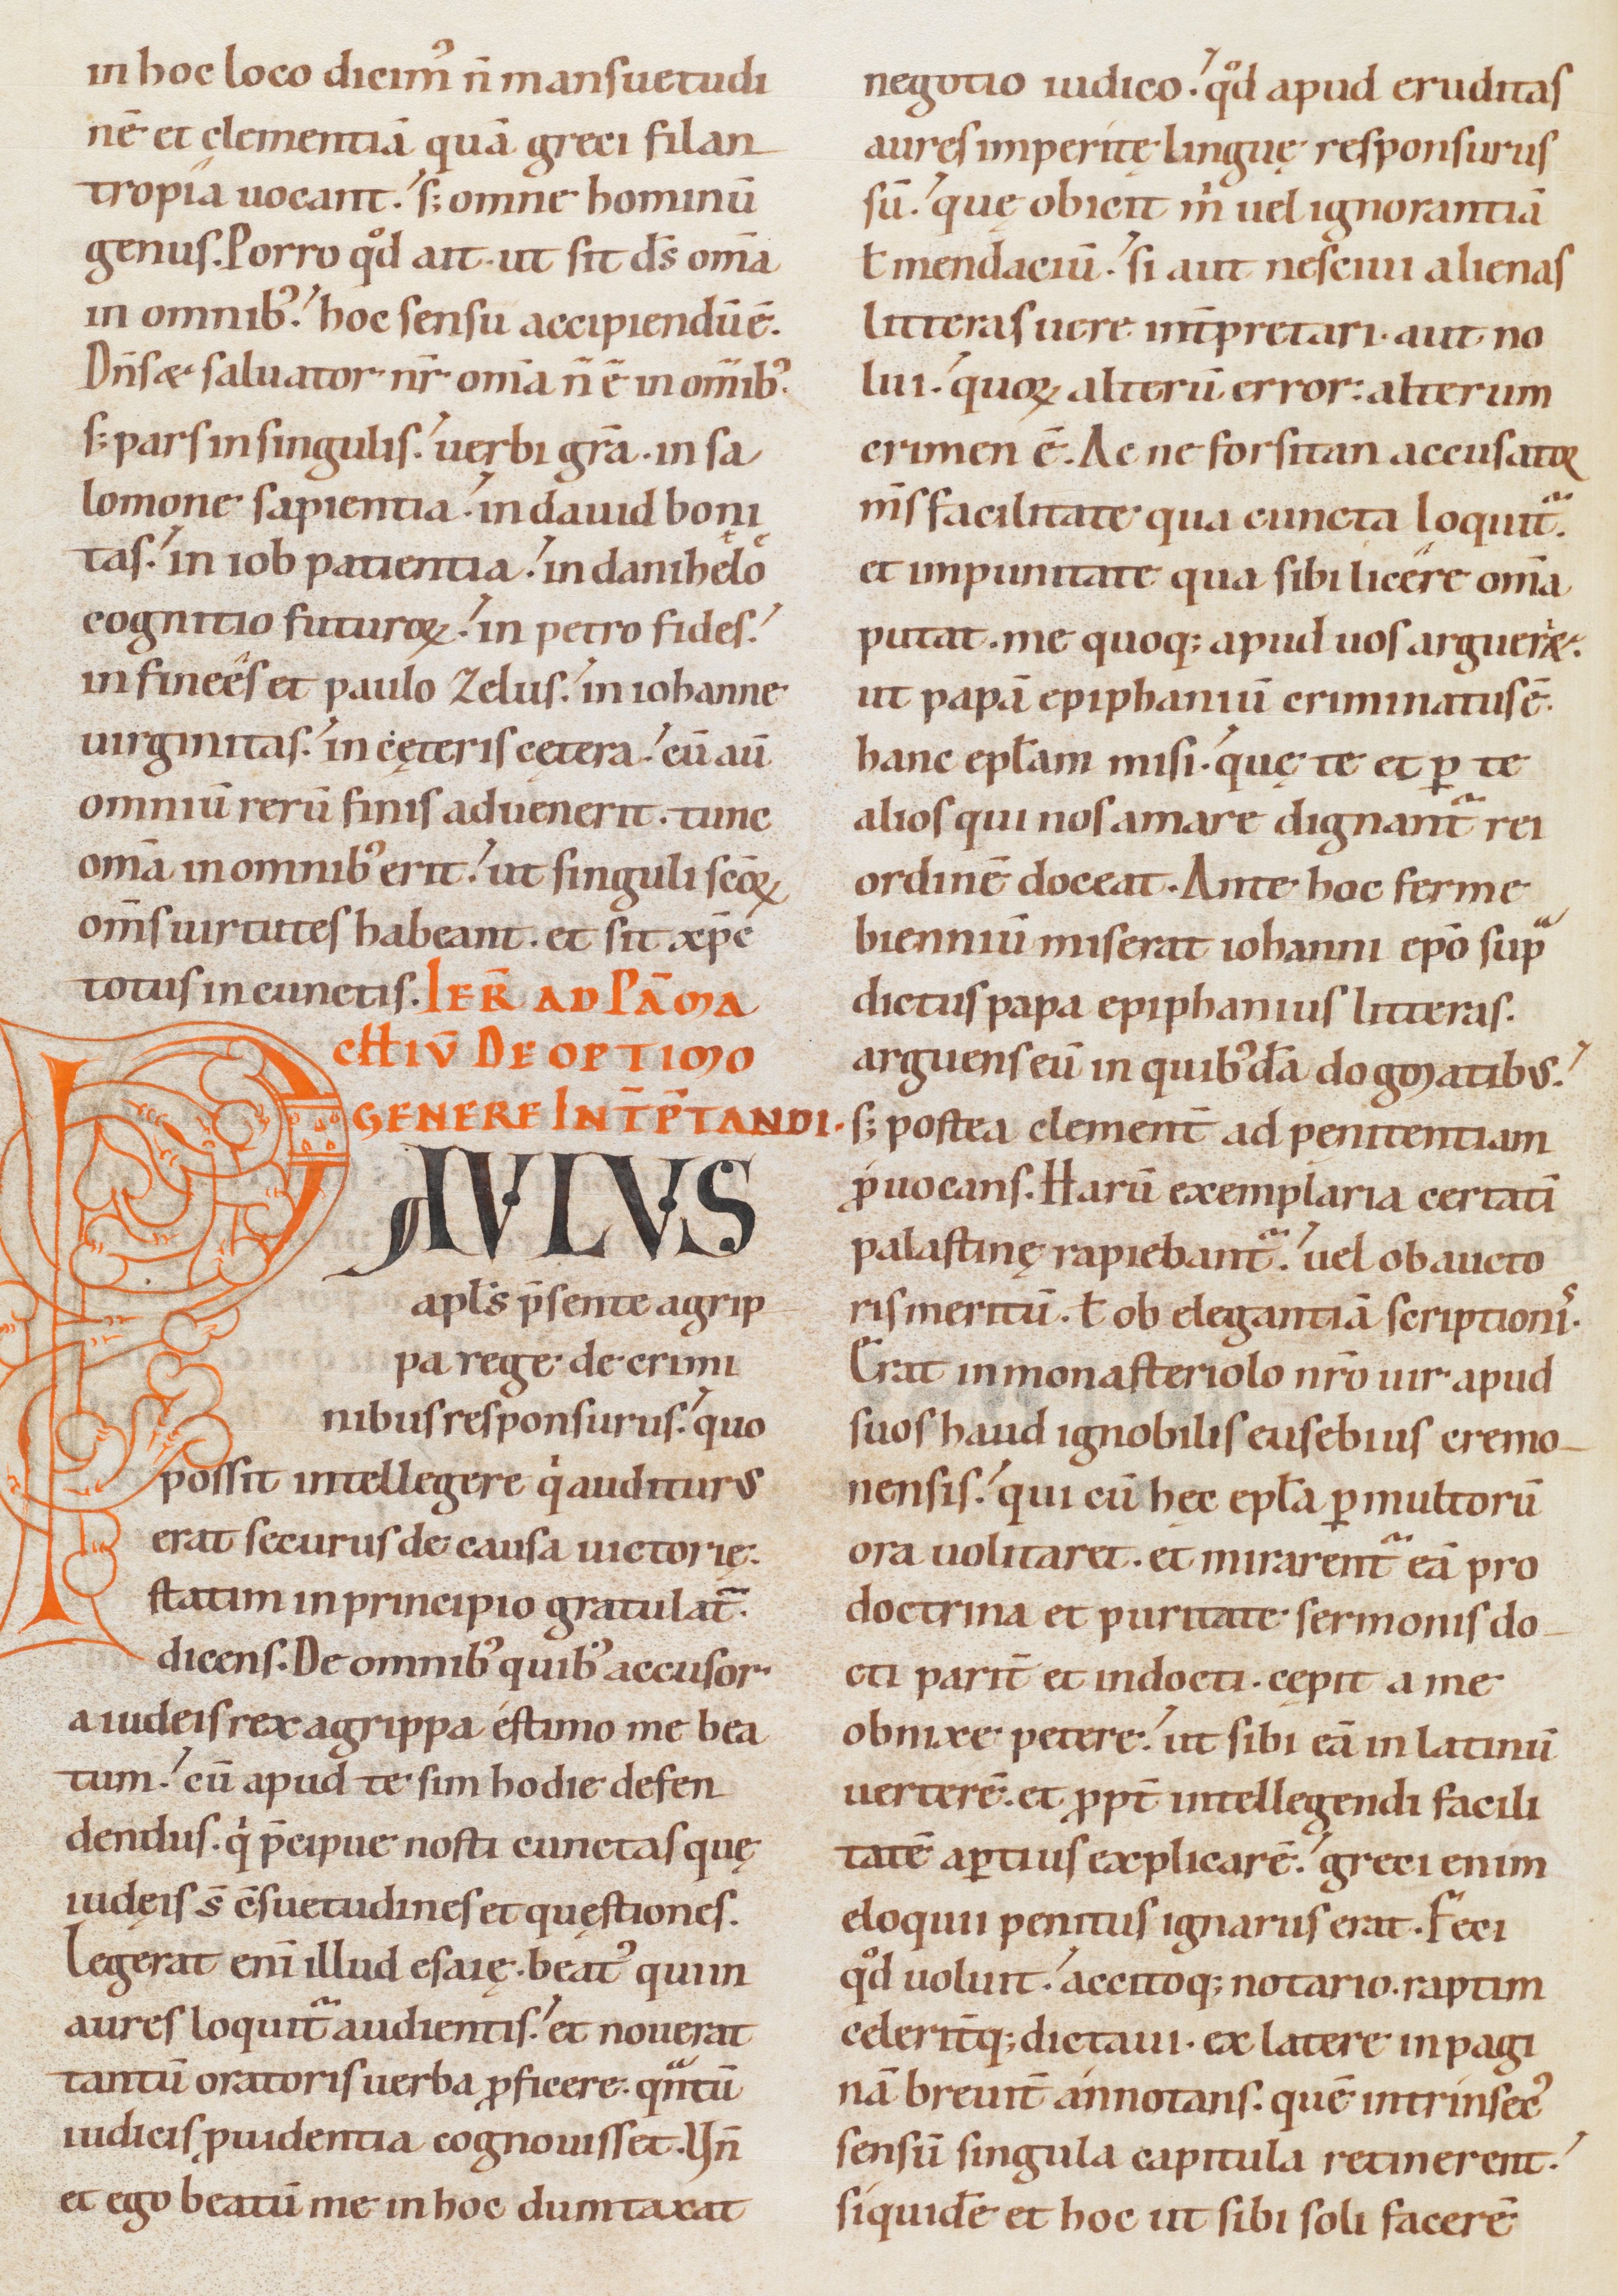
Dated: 1085–1115